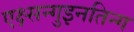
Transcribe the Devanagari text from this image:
एक्ष्सन्गुइनतिन्ग